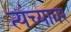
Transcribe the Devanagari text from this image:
त्यंच्यावर